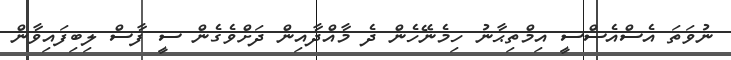
ނުވަތަ އެސްއެސްސީ އިމްތިޙާނު ހިމެނޭހެން ދެ މާއްދާއިން ދަށްވެގެން ސީ ފާސް ލިބިފައިވާން